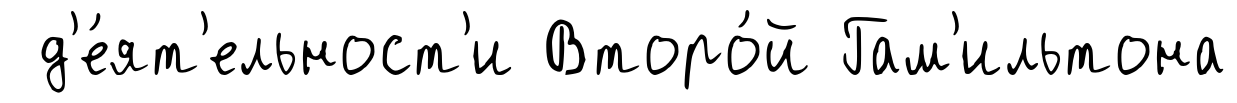
д'е́ят'ельност'и Второ́й Гам'ильтона